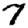
Digit: 7